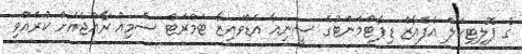
ގެ ޕޮލިޓިކަލް އެފެއާޒް ޑިޕާޓްމަންޓުގެ ސީނިއާ އެޑްވައިޒާ ޓަމްރަޓް ސެމިއު ރާއްޖެއަށް ކުރެއްވި